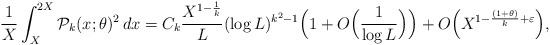
\begin{align*} \frac{1}{X} \int_{X}^{2X} \mathcal P_k(x;\theta)^2 \, dx=C_k \frac{X^{1-\frac1k}}{L} (\log L)^{k^2-1}\Big(1+O\Big(\frac{1}{\log L} \Big)\Big)+O\Big(X^{1-\frac{(1+\theta)}{k}+\varepsilon} \Big),\end{align*}